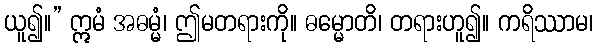
ယူ၍။” ဣမံ အဓမ္မံ၊ ဤမတရားကို။ ဓမ္မောတိ၊ တရားဟူ၍။ ကရိဿာမ၊